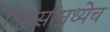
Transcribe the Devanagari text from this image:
दिवसांमध्येच